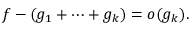
f - ( g _ { 1 } + \cdots + g _ { k } ) = o ( g _ { k } ) .